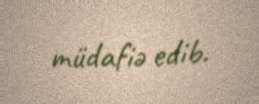
müdafiə edib.